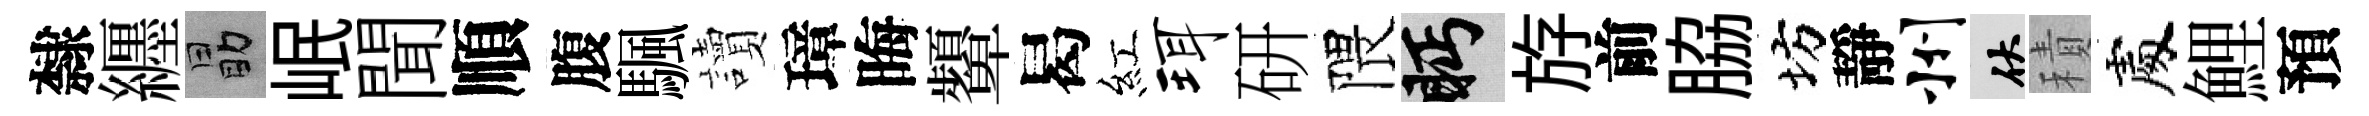
隸纒勗岷聞順腹颿讀璋晦顰曷紅珥研隈眄斿前脇坊靜州伏積處鯉預